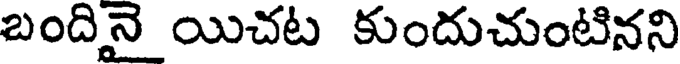
బందినై యిచట కుందుచుంటినని